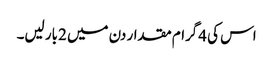
اس کی 4گرام مقدار دن میں 2بار لیں۔